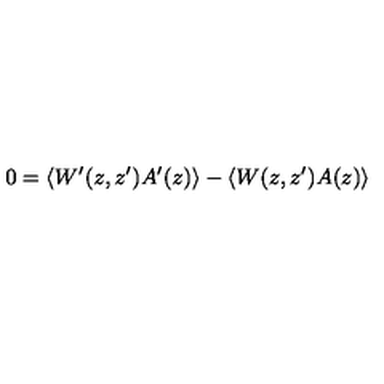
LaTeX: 0 = \langle W ^ { \prime } ( z , z ^ { \prime } ) A ^ { \prime } ( z ) \rangle - \langle W ( z , z ^ { \prime } ) A ( z ) \rangle